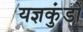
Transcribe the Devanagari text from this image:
यज्ञकुंडों